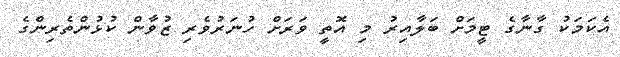
އެކަމަކު ގާނާގެ ޓީމަށް ބަލާއިރު މި އޮތީ ވަރަށް ހުނަރުވެރި ޒުވާން ކުޅުންތެރިންގެ